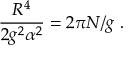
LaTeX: \frac { R ^ { 4 } } { 2 g ^ { 2 } \alpha ^ { 2 } } = 2 \pi N / g \ .